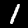
Label: 1